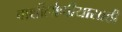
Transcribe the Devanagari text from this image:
बार्शीलोणीयासाठी